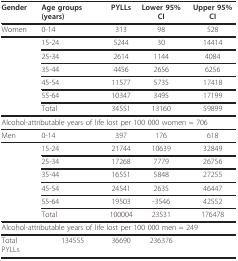
<table><thead><tr><td><b>Gender</b></td><td><b>Age groups (years)</b></td><td><b>PYLLs</b></td><td><b>Lower 95% CI</b></td><td><b>Upper 95% CI</b></td></tr></thead><tbody><tr><td>Women</td><td>0-14</td><td>313</td><td>98</td><td>528</td></tr><tr><td></td><td>15-24</td><td>5244</td><td>30</td><td>14414</td></tr><tr><td></td><td>25-34</td><td>2614</td><td>1144</td><td>4084</td></tr><tr><td></td><td>35-44</td><td>4456</td><td>2656</td><td>6256</td></tr><tr><td></td><td>45-54</td><td>11577</td><td>5735</td><td>17418</td></tr><tr><td></td><td>55-64</td><td>10347</td><td>3495</td><td>17199</td></tr><tr><td></td><td>Total</td><td>34551</td><td>13160</td><td>59899</td></tr><tr><td colspan="5">Alcohol-attributable years of life lost per 100 000 women = 706</td></tr><tr><td>Men</td><td>0-14</td><td>397</td><td>176</td><td>618</td></tr><tr><td></td><td>15-24</td><td>21744</td><td>10639</td><td>32849</td></tr><tr><td></td><td>25-34</td><td>17268</td><td>7779</td><td>26756</td></tr><tr><td></td><td>35-44</td><td>16551</td><td>5848</td><td>27255</td></tr><tr><td></td><td>45-54</td><td>24541</td><td>2635</td><td>46447</td></tr><tr><td></td><td>55-64</td><td>19503</td><td>-3546</td><td>42552</td></tr><tr><td></td><td>Total</td><td>100004</td><td>23531</td><td>176478</td></tr><tr><td colspan="5">Alcohol-attributable years of life lost per 100 000 men = 249</td></tr><tr><td>Total PYLLs</td><td>134555</td><td>36690</td><td>236376</td><td></td></tr></tbody></table>